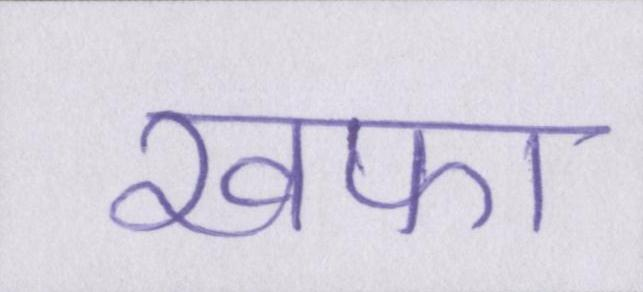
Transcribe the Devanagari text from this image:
खफा